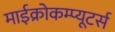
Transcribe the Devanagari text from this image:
माईक्रोकम्प्यूटर्स